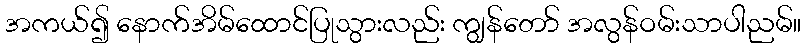
အကယ်၍ နောက်အိမ်ထောင်ပြုသွားလည်း ကျွန်တော် အလွန်ဝမ်းသာပါညမ်။